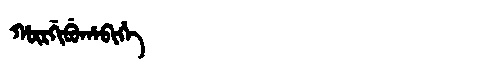
Manchu: ᡥᡡᡵᡤᡳᠪᡠᡥᠠᠪᡳᡥᡝ
Romanization: HŪRGIBUHABIHE